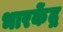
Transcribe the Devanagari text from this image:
भारकेंद्र